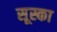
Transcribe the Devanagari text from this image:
सूस्का